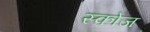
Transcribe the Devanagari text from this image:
स्कोज